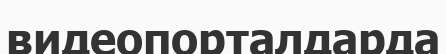
видеопорталдарда